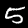
Label: 5